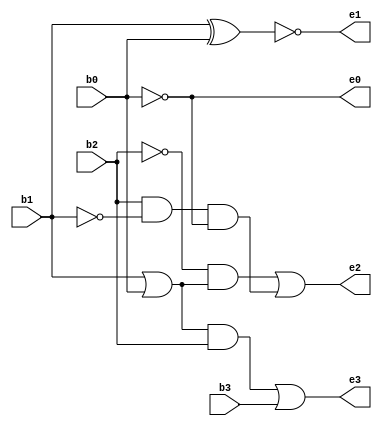
module bcd_xs3(
  input b3,b2,b1,b0,
  output e3,e2,e1,e0);
  wire p,q,r,s,w,x,y,z;
  not (p,b3),(q,b2),(r,b1),(s,b0);
  or or1(w,b1,b0);
  and and1(x,w,b2);
  or or2(e3,x,b3);
  and and2(y,q,w);
  and and3(z,b2,r,s);
  or or3(e2,y,z);
  xnor (e1,b1,b0);
  buf (e0,s);
endmodule